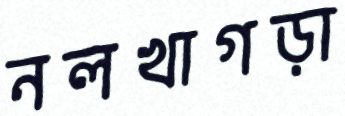
নলখাগড়া